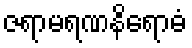
ဇရာမရဏနိရောဓံ